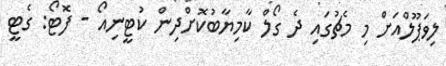
ލިވަޕޫލްއަށް މި މެޗުގައި ދެ ގޯލް ކާމިޔާބުކޮށްދިން ކުޓީނިއޯ - ފޮޓޯ: ގެޓީ